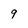
Character: 9